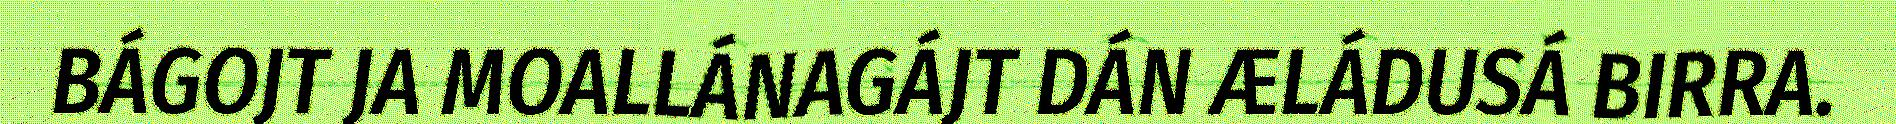
BÁGOJT JA MOALLÁNAGÁJT DÁN ÆLÁDUSÁ BIRRA.